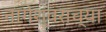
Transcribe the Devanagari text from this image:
नागेश्वराच्या